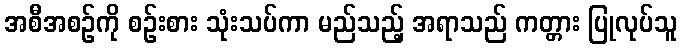
အစီအစဉ်ကို စဉ်းစား သုံးသပ်ကာ မည်သည့် အရာသည် ကတ္တား ပြုလုပ်သူ